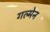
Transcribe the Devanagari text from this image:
गल्मेन